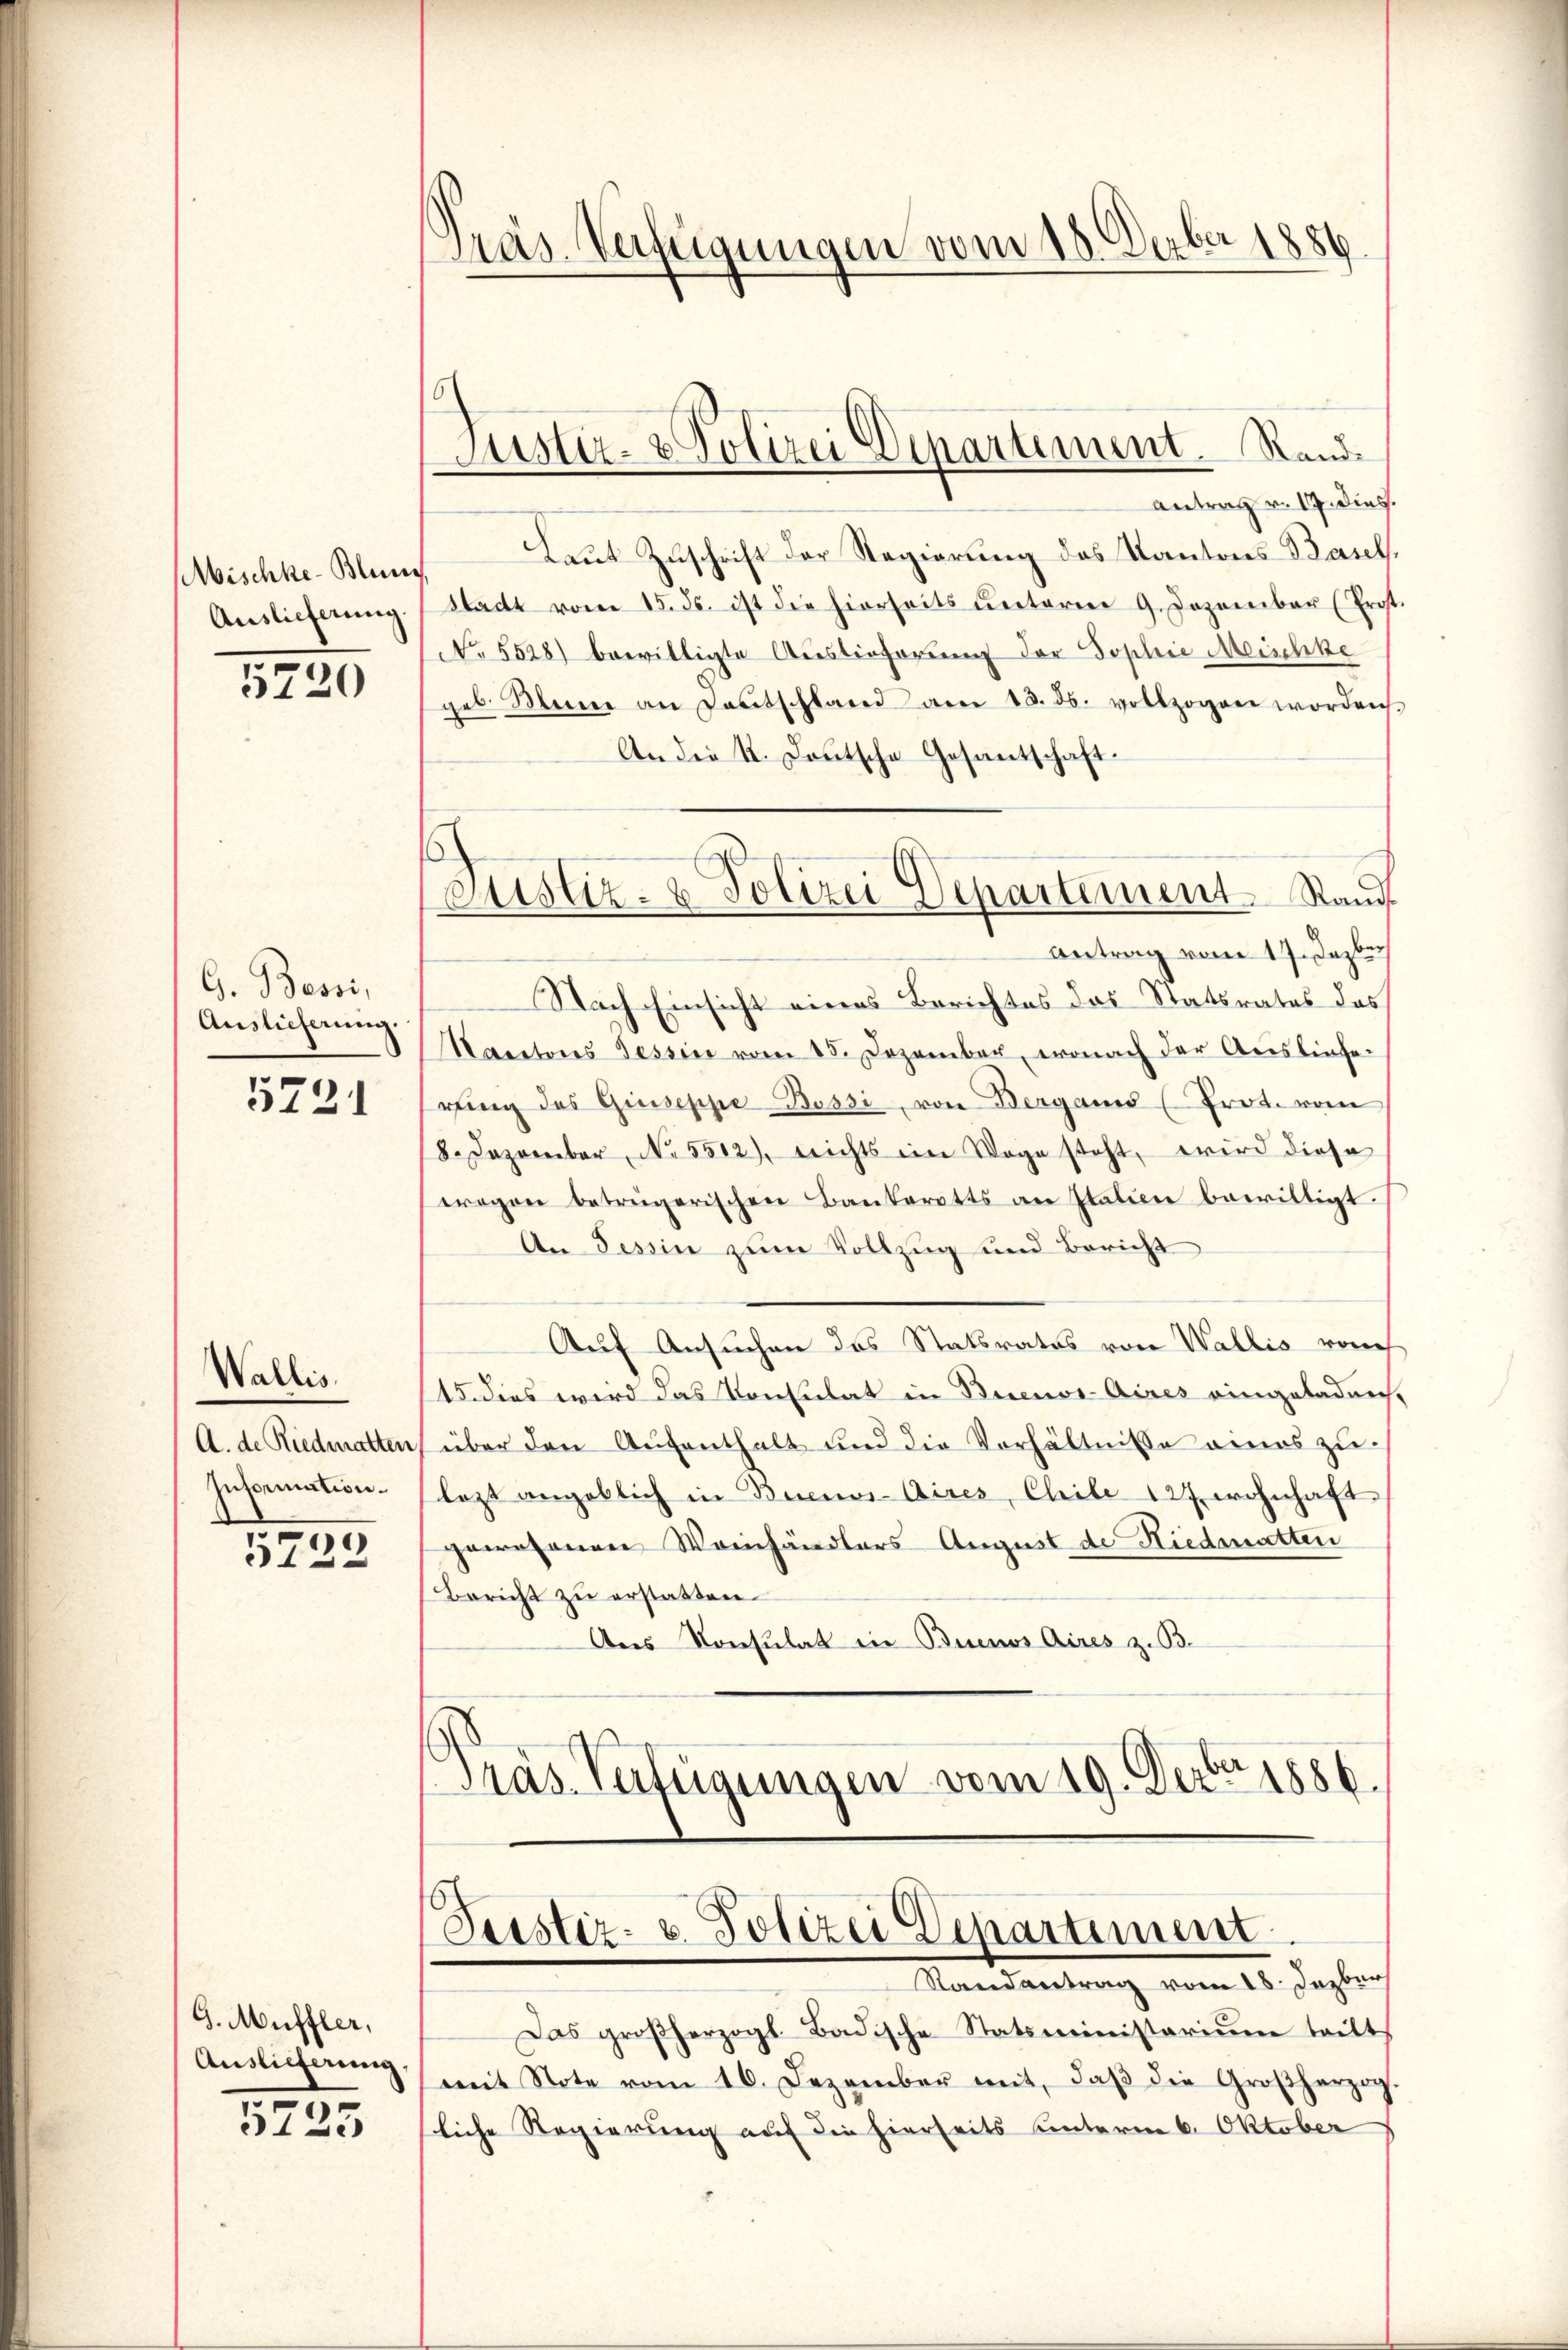
Mischke-Blun
Auslieferung

5720

G. Bossi,
Auslieferung.

5721

Wallis.
A. de Riedmatten,
Information.

5722

G. Muffler,
Auslieferung
5225

Mas Verfügungen vom 18. Deber 1886

Justiz- & Polizei Departement. Sand¬

Antrag v. 17. dies.
Laut Zuschrift der Regierung des Kantons Basel,
Stadt vom 15. ds. ist die hierseits ŭnterm 9. Dezember (Prost
NNo. 5528) bewilligte Auslieferung der Sophie Mischke
geb. Meine an Deutschland am 13. ds. vollzogen worden
An die II. Deutsche Gesantschaft.
Antrag vom 17. Dezber
Nach Einsicht eines Berichtes das Statsrates das
Rantons Tessin vom 15. Dezember, wonach der Ausliefer
rŭng des Giuseppe Bossi, von Berganis (Prot. vom
S. Dezember, No. 5512), nichts ein Wage steht, wird diese
wegen betrügerischen Bankerotts an Italien bewilligt.
An Tessin zum Vollzug und Bericht
Auf Ansuchen das Statsrates von Wallis von
15. dies wird das Konsulat in Buenos-Aires eingeladung
über den Aufenthalt und die Verhältnisse eines zulezt angeblich in Buenos-Aires, Chile 127 wohnhaft.
gewesenen Weinhändlers August de Niedmatten
Bericht zu erstatten.
Des Konsulat in Buenos Aires z. B.
Präs. Verfügungen vom 19. Dezbr 1886.

Justiz- & Polizei Departement. Raŭd

Justiz- u. Polizei Departement
Randantrag vom 18. Jezber

Das großherzogl. Badische Statsministarium teilt
mit Note vom 16. Dezember mit, daβ die Großherzog
sliche Regierung auf die hierseits unterm 6. Oktober